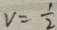
v = \frac { 1 } { 2 }